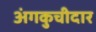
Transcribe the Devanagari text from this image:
अंगकुचीदार